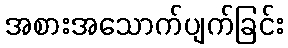
အစားအသောက်ပျက်ခြင်း